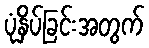
ပုံနှိပ်ခြင်းအတွက်